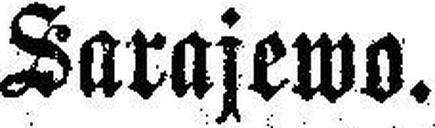
Sarajewo.